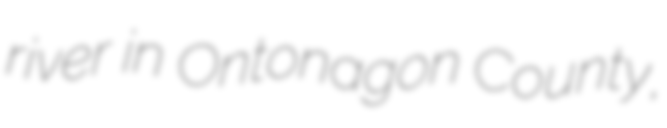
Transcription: river in Ontonagon County,